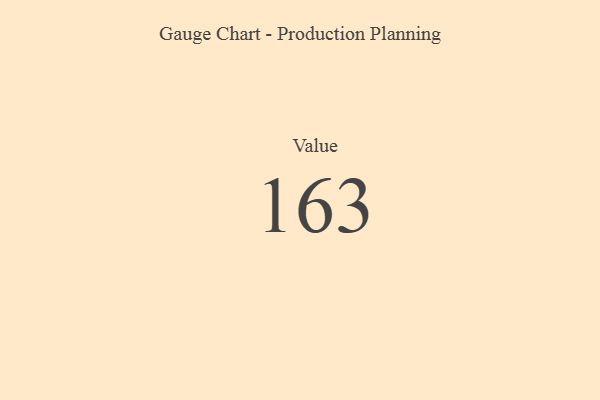
{"axis": {"x": "Metric", "y": "Value"}, "legend": [""], "data": [{"x": "Value", "y": 163, "type": ""}]}